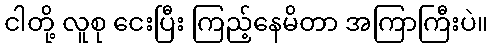
ငါတို့ လူစု ငေးပြီး ကြည့်နေမိတာ အကြာကြီးပဲ။